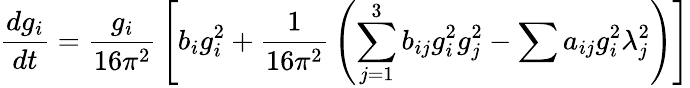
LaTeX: {\frac{dg_{i}}{dt}}={\frac{g_{i}}{16\pi^{2}}}\left[b_{i}g_{i}^{2}+{\frac{1}{16\pi^{2}}}\left(\sum_{j=1}^{3}b_{ij}g_{i}^{2}g_{j}^{2}-\sum a_{ij}g_{i}^{2}\lambda_{j}^{2}\right)\right]